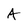
Character: A